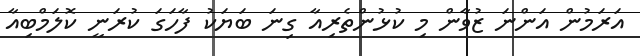
އަރަމުން އަންނަ ޒުވާން މި ކުޅުންތެރިއާ ގިނަ ބަޔަކު ފާހަގަ ކުރަނީ ކޮލަމްބިއާ